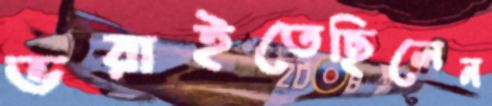
ভরাইতেছিলেন